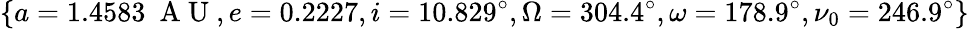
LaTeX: \{ a=1.4583~\mathrm{~A~U~},e=0.2227,i=10.829^{\circ},\Omega=304.4^{\circ},\omega=178.9^{\circ},\nu_{0}=246.9^{\circ}\}